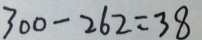
3 0 0 - 2 6 2 = 3 8